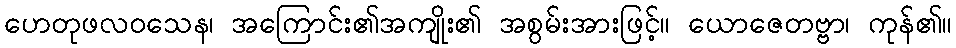
ဟေတုဖလဝသေန၊ အကြောင်း၏အကျိုး၏ အစွမ်းအားဖြင့်။ ယောဇေတဗ္ဗာ၊ ကုန်၏။